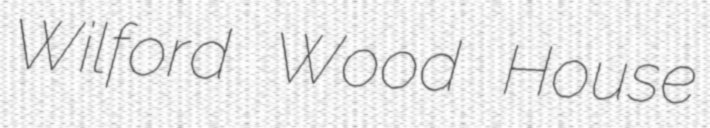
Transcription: Wilford Wood House